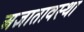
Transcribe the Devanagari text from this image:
अज्ञातावस्था